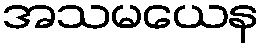
အသမယေန